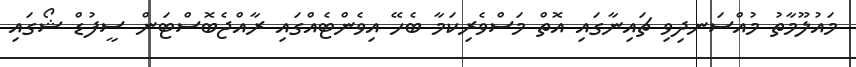
މައުލޫމާތު މުއްސަނދިވި ޗައިނާގައި އޮތް މަސްވެރިކަމާ ބެހޭ އިވެންޓެއްގައި ރާއްޖެބޮސްޓަން ސީފުޑް ޝޯގައި